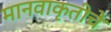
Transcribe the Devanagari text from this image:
मानवाकृतीचे